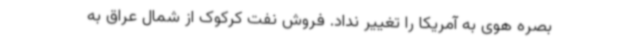
بصره هوی به آمریکا را تغییر نداد. فروش نفت کرکوک از شمال عراق به